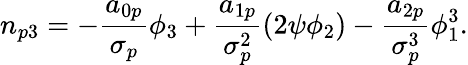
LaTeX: n_{p3}=-\frac{a_{0p}}{\sigma_{p}}\phi_{3}+\frac{a_{1p}}{\sigma_{p}^{2}}(2\psi\phi_{2})-\frac{a_{2p}}{\sigma_{p}^{3}}\phi_{1}^{3}.